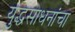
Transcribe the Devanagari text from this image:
युद्धसाधनांचा